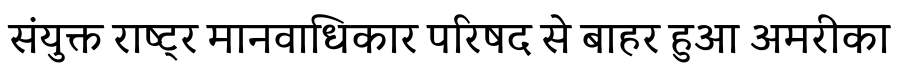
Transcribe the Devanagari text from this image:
संयुक्त राष्ट्र मानवाधिकार परिषद से बाहर हुआ अमरीका